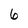
Character: 6